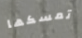
تمسكها